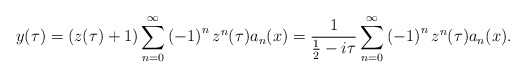
\begin{align*}y(\tau)=\left( z(\tau)+1\right) \sum_{n=0}^{\infty}\left( -1\right)^{n}z^{n}(\tau)a_{n}(x)=\frac{1}{\frac{1}{2}-i\tau}\sum_{n=0}^{\infty}\left(-1\right) ^{n}z^{n}(\tau)a_{n}(x). \end{align*}